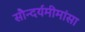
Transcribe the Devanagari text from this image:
सौन्दर्यमीमांसा